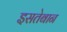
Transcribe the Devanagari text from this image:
इसतेबान